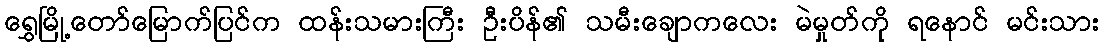
ရွှေမြို့တော်မြောက်ပြင်က ထန်းသမားကြီး ဦးပိန်၏ သမီးချောကလေး မဲမှုတ်ကို ရနောင် မင်းသား